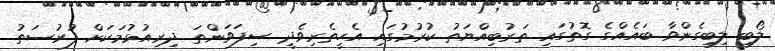
ލޯބި ލިބިގެންވާ ބައެއްގެ ގޮތުގައި ތަރުބިއްޔަތު ކުރުމުގައި އެހީތެރިވެދީ ސިފަވަންތަ ދިރިއުޅުމަކަށް ފުރުސަތު